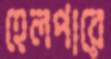
হেলপারে